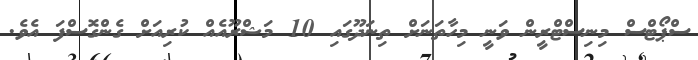
ސްޕޯޓްސް މިނިސްޓްރީން ވަނީ މިހާތަނަށް ތިނަދޫގައި 10 މަޝްރޫއެއް ކުރިއަށް ގެންގޮސްފަ އެވެ.